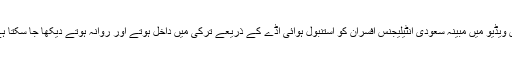
اس ویڈیو میں مبینہ سعودی انٹیلیجنس افسران کو استنبول ہوائی اڈے کے ذریعے ترکی میں داخل ہوتے اور روانہ ہوتے دیکھا جا سکتا ہے۔